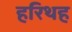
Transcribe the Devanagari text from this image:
हरिथह